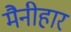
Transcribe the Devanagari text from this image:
मैनीहार